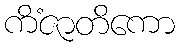
ကိံဇာတိကော